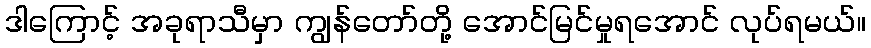
ဒါကြောင့် အခုရာသီမှာ ကျွန်တော်တို့ အောင်မြင်မှုရအောင် လုပ်ရမယ်။